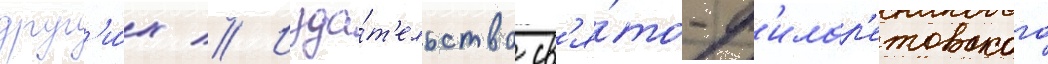
друг'и́х // Изда́т'ельство св'я́то-ф'илар'етовского